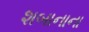
શબાનાના